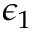
\epsilon _ { 1 }